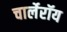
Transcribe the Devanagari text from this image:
चार्लेरॉय